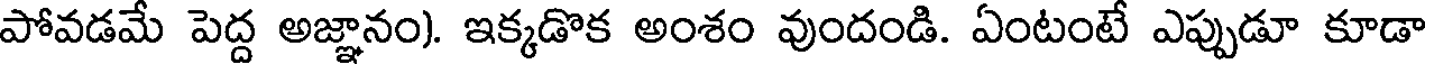
పోవడమే పెద్ద అజ్ఞానం). ఇక్కడొక అంశం వుందండి. ఏంటంటే ఎప్పుడూ కూడా